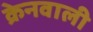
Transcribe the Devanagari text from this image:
क्रेनवाली